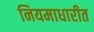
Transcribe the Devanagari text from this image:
नियमाधारीत